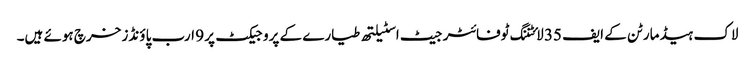
لاک ہیڈ مارٹن کے ایف 35 لائٹننگ ٹوفائٹر جیٹ اسٹیلتھ طیارے کے پروجیکٹ پر 9 ارب پاؤنڈز خرچ ہوئے ہیں۔